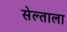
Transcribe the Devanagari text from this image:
सेल्ताला